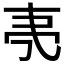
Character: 𬻒